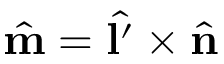
\hat { \mathbf { m } } = \hat { \mathbf { l ^ { \prime } } } \times \hat { \mathbf { n } }